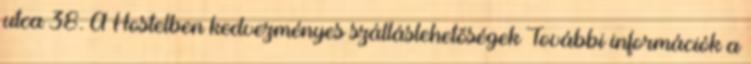
utca 38. A Hostelben kedvezményes szálláslehetőségek További információk a